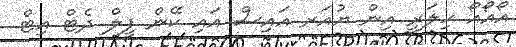
އޯއޯއޯ ހިލަރީ އިން ޔުއަރ އައިސް އައި ކޭން ފީލް ދެޓް އިޓް